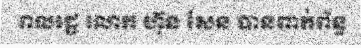
ពលរដ្ឋ លោក ហ៊ុន សែន បានពាក់ព័ន្ធ